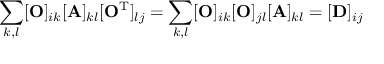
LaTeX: \sum _ { k , l } [ \mathbf { O } ] _ { i k } [ \mathbf { A } ] _ { k l } [ \mathbf { O } ^ { \mathrm { T } } ] _ { l j } = \sum _ { k , l } [ \mathbf { O } ] _ { i k } [ \mathbf { O } ] _ { j l } [ \mathbf { A } ] _ { k l } = [ \mathbf { D } ] _ { i j }